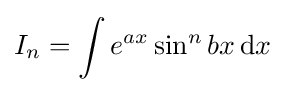
I_{n}=\int e^{ax}\sin ^{n}{bx}\,{\text{d}}x\,\!